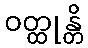
ဝတ္ထုန္တိ